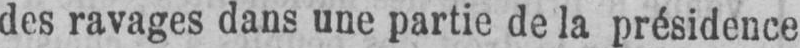
des ravages dans une partie de la présidence